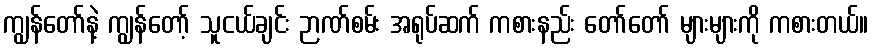
ကျွန်တော်နဲ့ ကျွန်တော့် သူငယ်ချင်း ဉာဏ်စမ်း အရုပ်ဆက် ကစားနည်း တော်တော် များများကို ကစားတယ်။